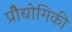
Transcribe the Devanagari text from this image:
प्रोैद्योगिकी